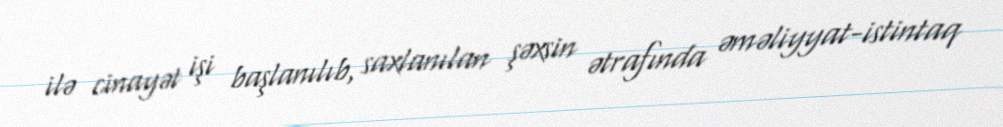
ilə cinayət işi başlanılıb, saxlanılan şəxsin ətrafında əməliyyat-istintaq